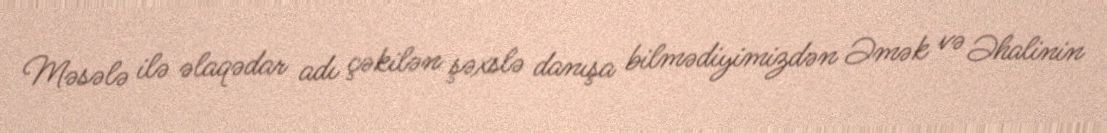
Məsələ ilə əlaqədar adı çəkilən şəxslə danışa bilmədiyimizdən Əmək və Əhalinin